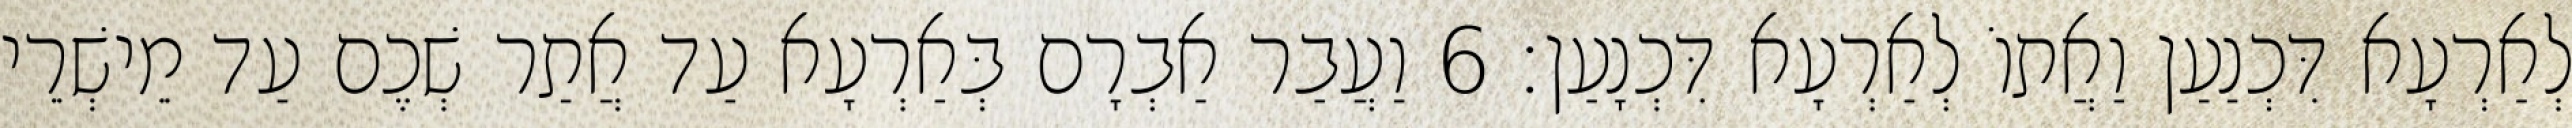
לְאַרְעָא דִּכְנַעַן וַאֲתוֹ לְאַרְעָא דִּכְנָעַן׃ 6 וַעֲבַר אַבְרָם בְּאַרְעָא עַד אֲתַר שְׁכֶם עַד מֵישְׁרֵי